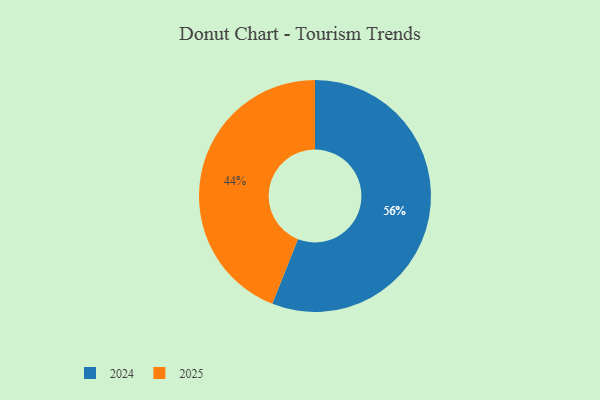
{"axis": {"x": "Category", "y": "Percentage"}, "legend": ["2024", "2025"], "data": [{"x": "2025", "y": 44, "type": "2025"}, {"x": "2024", "y": 56, "type": "2024"}]}